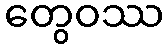
တွေဝဿ